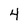
Character: 4